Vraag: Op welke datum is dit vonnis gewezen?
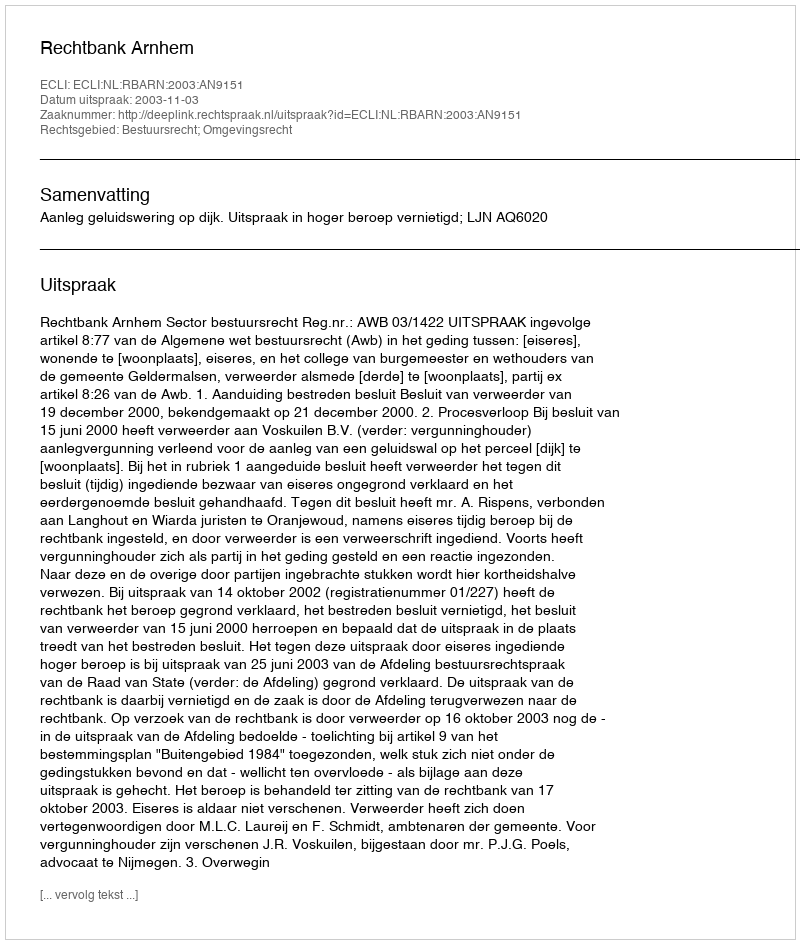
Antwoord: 2003-11-03